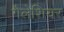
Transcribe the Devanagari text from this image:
गैलेशियर